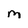
Character: M